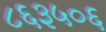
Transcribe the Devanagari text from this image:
८६३५०६